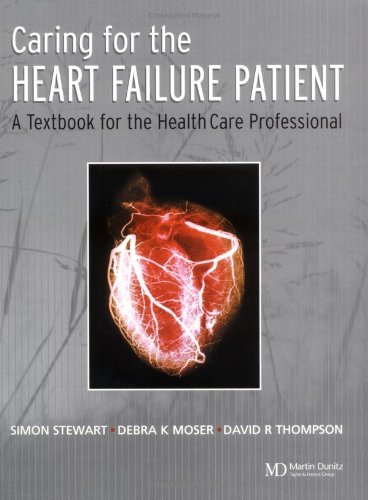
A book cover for Caring for the Heart Failure Patient: A Textbook for the Healthcare Professional; Simon Stewart; Medical Books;